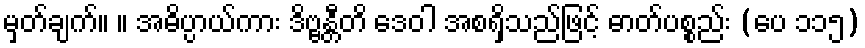
မှတ်ချက်။ ။ အဓိပ္ပာယ်ကား ဒိဗ္ဗန္တီတိ ဒေဝါ အစရှိသည်ဖြင့် ဓာတ်ပစ္စည်း (ပေ ၁၁၅)